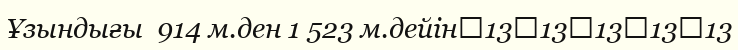
Ұзындығы  914 м.ден 1 523 м.дейін	13	13	13	13	13